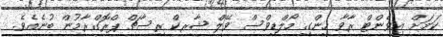
ކަމަށް އިވެންޓް ރާވާ ހިންގި މޯލްޑިވްސް ވޭލް ޝާރކް ރިސާޗް ޕްރޮގްރާމުން ބުނެއެވެ.